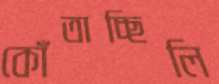
কোঁতাচ্ছিলি